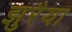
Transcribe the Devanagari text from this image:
झुरैया